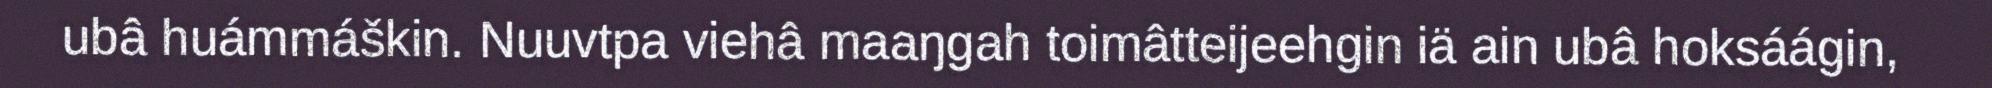
ubâ huámmáškin. Nuuvtpa viehâ maaŋgah toimâtteijeehgin iä ain ubâ hoksáágin,